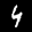
Label: 4